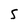
Character: 5